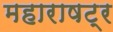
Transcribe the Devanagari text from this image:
महाराषट्र